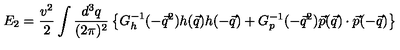
E _ { 2 } = \frac { v ^ { 2 } } { 2 } \int \frac { d ^ { 3 } q } { ( 2 \pi ) ^ { 2 } } \left\{ G _ { h } ^ { - 1 } ( - \vec { q } ^ { 2 } ) h ( \vec { q } ) h ( - \vec { q } ) + G _ { p } ^ { - 1 } ( - \vec { q } ^ { 2 } ) \vec { p } ( \vec { q } ) \cdot \vec { p } ( - \vec { q } ) \right\}